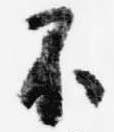
不